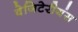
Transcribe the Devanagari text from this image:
वेजिटेरीयंस